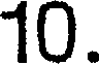
10.